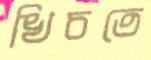
খিচতে